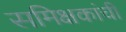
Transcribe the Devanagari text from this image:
समिक्षकांची